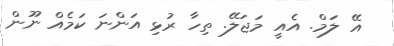
އޭ ލަމް. އެއީ މަޖަލޭ. ތިހާ ރުޅި އަންނަ ކަމެއް ނޫން